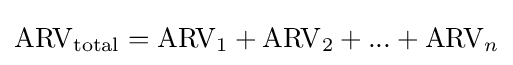
\mathrm {ARV} _{\mathrm {total} }=\mathrm {ARV} _{1}+\mathrm {ARV} _{2}+...+\mathrm {ARV} _{n}